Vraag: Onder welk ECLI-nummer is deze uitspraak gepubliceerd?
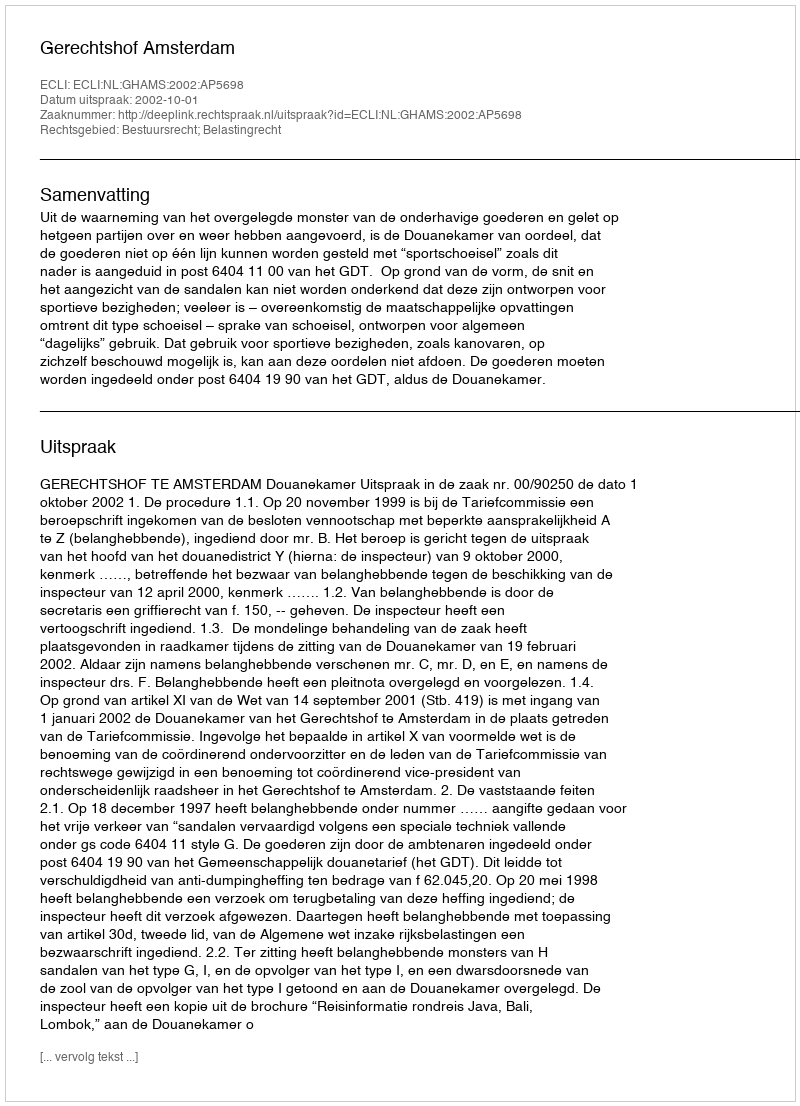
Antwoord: ECLI:NL:GHAMS:2002:AP5698